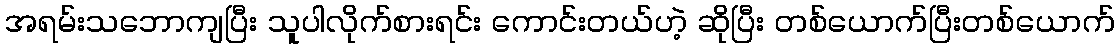
အရမ်းသဘောကျပြီး သူပါလိုက်စားရင်း ကောင်းတယ်ဟဲ့ ဆိုပြီး တစ်ယောက်ပြီးတစ်ယောက်